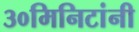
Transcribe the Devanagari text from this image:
३०मिनिटांनी